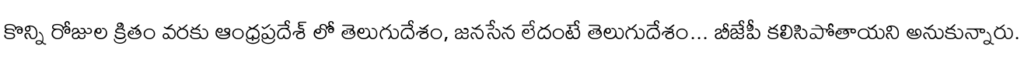
కొన్ని రోజుల క్రితం వరకు ఆంధ్రప్రదేశ్ లో తెలుగుదేశం, జనసేన లేదంటే తెలుగుదేశం... బీజేపీ కలిసిపోతాయని అనుకున్నారు.